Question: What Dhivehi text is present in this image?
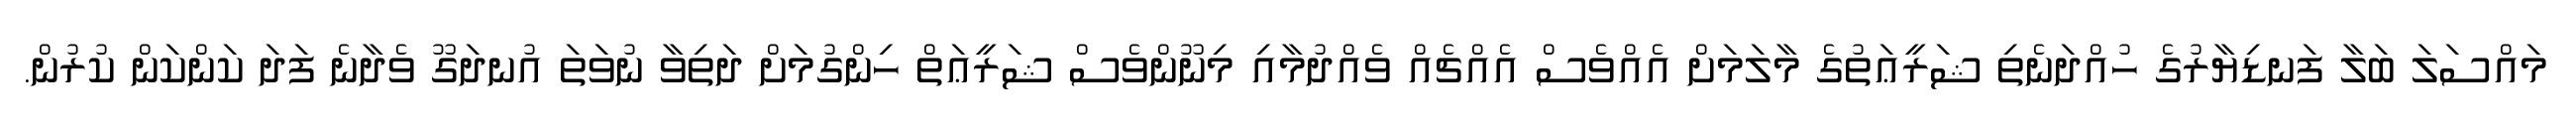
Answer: މައްސަލަ ބަލާ ފަނޑިޔާރުގެ ހުއްދަނެތި ޝަރީޢަތުގެ މާލަމަށް އެއްވެސް އެއްޗެއް ވެއްދުމާއި މިނޫންވެސް ޝަރީޢަތް ހިންގުމަށް ދަތިވާ ނުވަތަ އުނދަގޫ ވެދާނެ ފަދަ ކަންކަން ކުރުން.